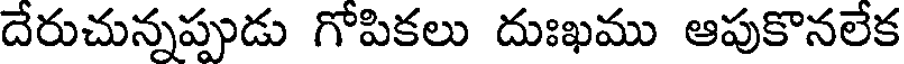
దేరుచున్నప్పుడు గోపికలు దుఃఖము ఆపుకొనలేక